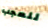
للعجب